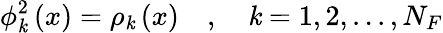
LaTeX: \phi_{\mathit{k}}^{2}\left(x\right)=\rho_{\mathit{k}}\left(x\right)\quad,\quad\mathit{k}=1,2,...,N_{F}